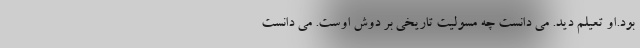
بود.او تعیلم دید. می دانست چه مسولیت تاریخی بر دوش اوست. می دانست